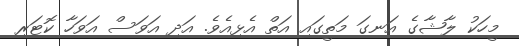
މީހަކު ލާޝާގެ އަނގަ މަތީގައި އަތް އެޅިއެވެ. އަދި އަވަސް އަވަހާ ކޮޓަރި